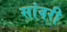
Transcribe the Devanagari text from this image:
सांवरी